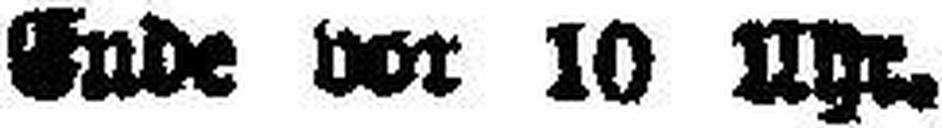
Ende vor 10 Uhr.